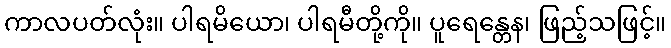
ကာလပတ်လုံး။ ပါရမိယော၊ ပါရမီတို့ကို။ ပူရေန္တေန၊ ဖြည့်သဖြင့်။